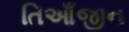
તિઆઁજીન